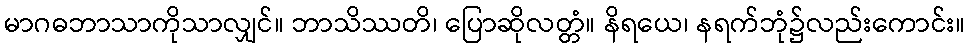
မာဂဓဘာသာကိုသာလျှင်။ ဘာသိဿတိ၊ ပြောဆိုလတ္တံ။ နိရယေ၊ နရက်ဘုံ၌လည်းကောင်း။